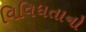
વિવિધતાનો